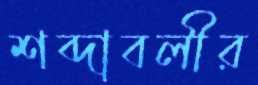
শব্দাবলীর